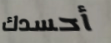
أحسدك